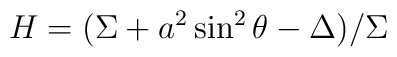
H=(\Sigma + a^2\sin^2\theta -\Delta)/\Sigma